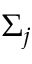
\Sigma _ { j }